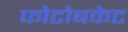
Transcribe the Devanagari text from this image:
फोटोबकेट